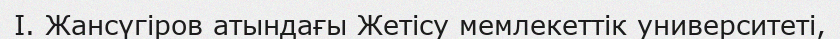
І. Жансүгіров атындағы Жетісу мемлекеттік университетi,